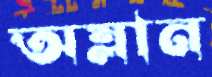
অম্লান